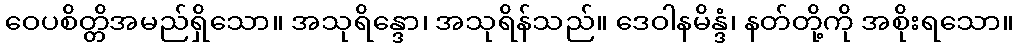
ဝေပစိတ္တိအမည်ရှိသော။ အသုရိန္ဒော၊ အသုရိန်သည်။ ဒေဝါနမိန္ဒံ၊ နတ်တို့ကို အစိုးရသော။